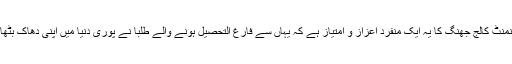
گورنمنٹ کالج جھنگ کا یہ ایک منفرد اعزاز و امتیاز ہے کہ یہاں سے فارغ التحصیل ہونے والے طلبا نے پوری دنیا میں اپنی دھاک بٹھا دی۔